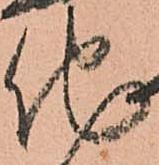
他